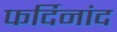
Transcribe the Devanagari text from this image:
फर्दिनांद